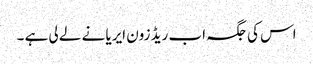
اس کی جگہ اب ریڈ زون ایریا نے لے لی ہے ۔